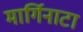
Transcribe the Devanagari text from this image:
मार्गिनाटा